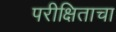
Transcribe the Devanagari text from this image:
परीक्षिताचा